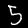
Label: 5